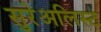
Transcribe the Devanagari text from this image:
सुरेअलिस्ट